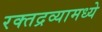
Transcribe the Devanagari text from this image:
रक्तद्रव्यामध्ये